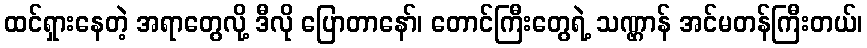
ထင်ရှားနေတဲ့ အရာတွေလို့ ဒီလို ပြောတာနော်၊ တောင်ကြီးတွေရဲ့ သဏ္ဌာန် အင်မတန်ကြီးတယ်၊